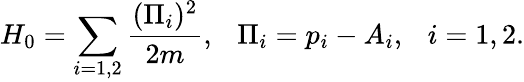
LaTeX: H_{0}=\sum_{i=1,2}{\frac{(\Pi_{i})^{2}}{2m}},\ \ \ \Pi_{i}=p_{i}-A_{i},\ \ \ i=1,2.